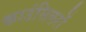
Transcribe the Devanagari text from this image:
काउंसिलरों